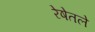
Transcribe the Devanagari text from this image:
रेषेतले